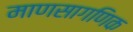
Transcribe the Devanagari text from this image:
माणसागणिक